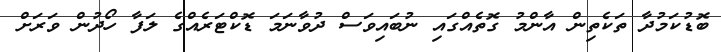
ބޮޑުކަމުދާ ތަކެތިން އާންމު ގޮތެއްގައި ނުބައިވަސް ދުވާނަމަ ޑޮކްޓަރެއްގެ ލަފާ ހޯދުން ވަރަށް